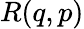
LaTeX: R(q,p)